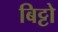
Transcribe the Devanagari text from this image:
बिट्टो